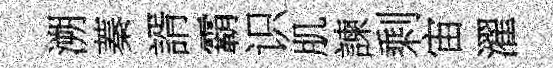
溯蓁諝霸识肌諫剩宙濯